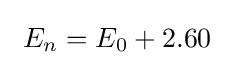
\ E_{n}=E_{0}+2.60